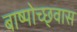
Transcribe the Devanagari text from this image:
बाष्पोच्छ्‌वास